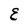
Character: E